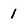
Character: 1